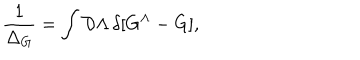
{ \frac { 1 } { \Delta _ { G } } } = \int { \cal D } \Lambda \, \delta [ G ^ { \Lambda } - G ] ,